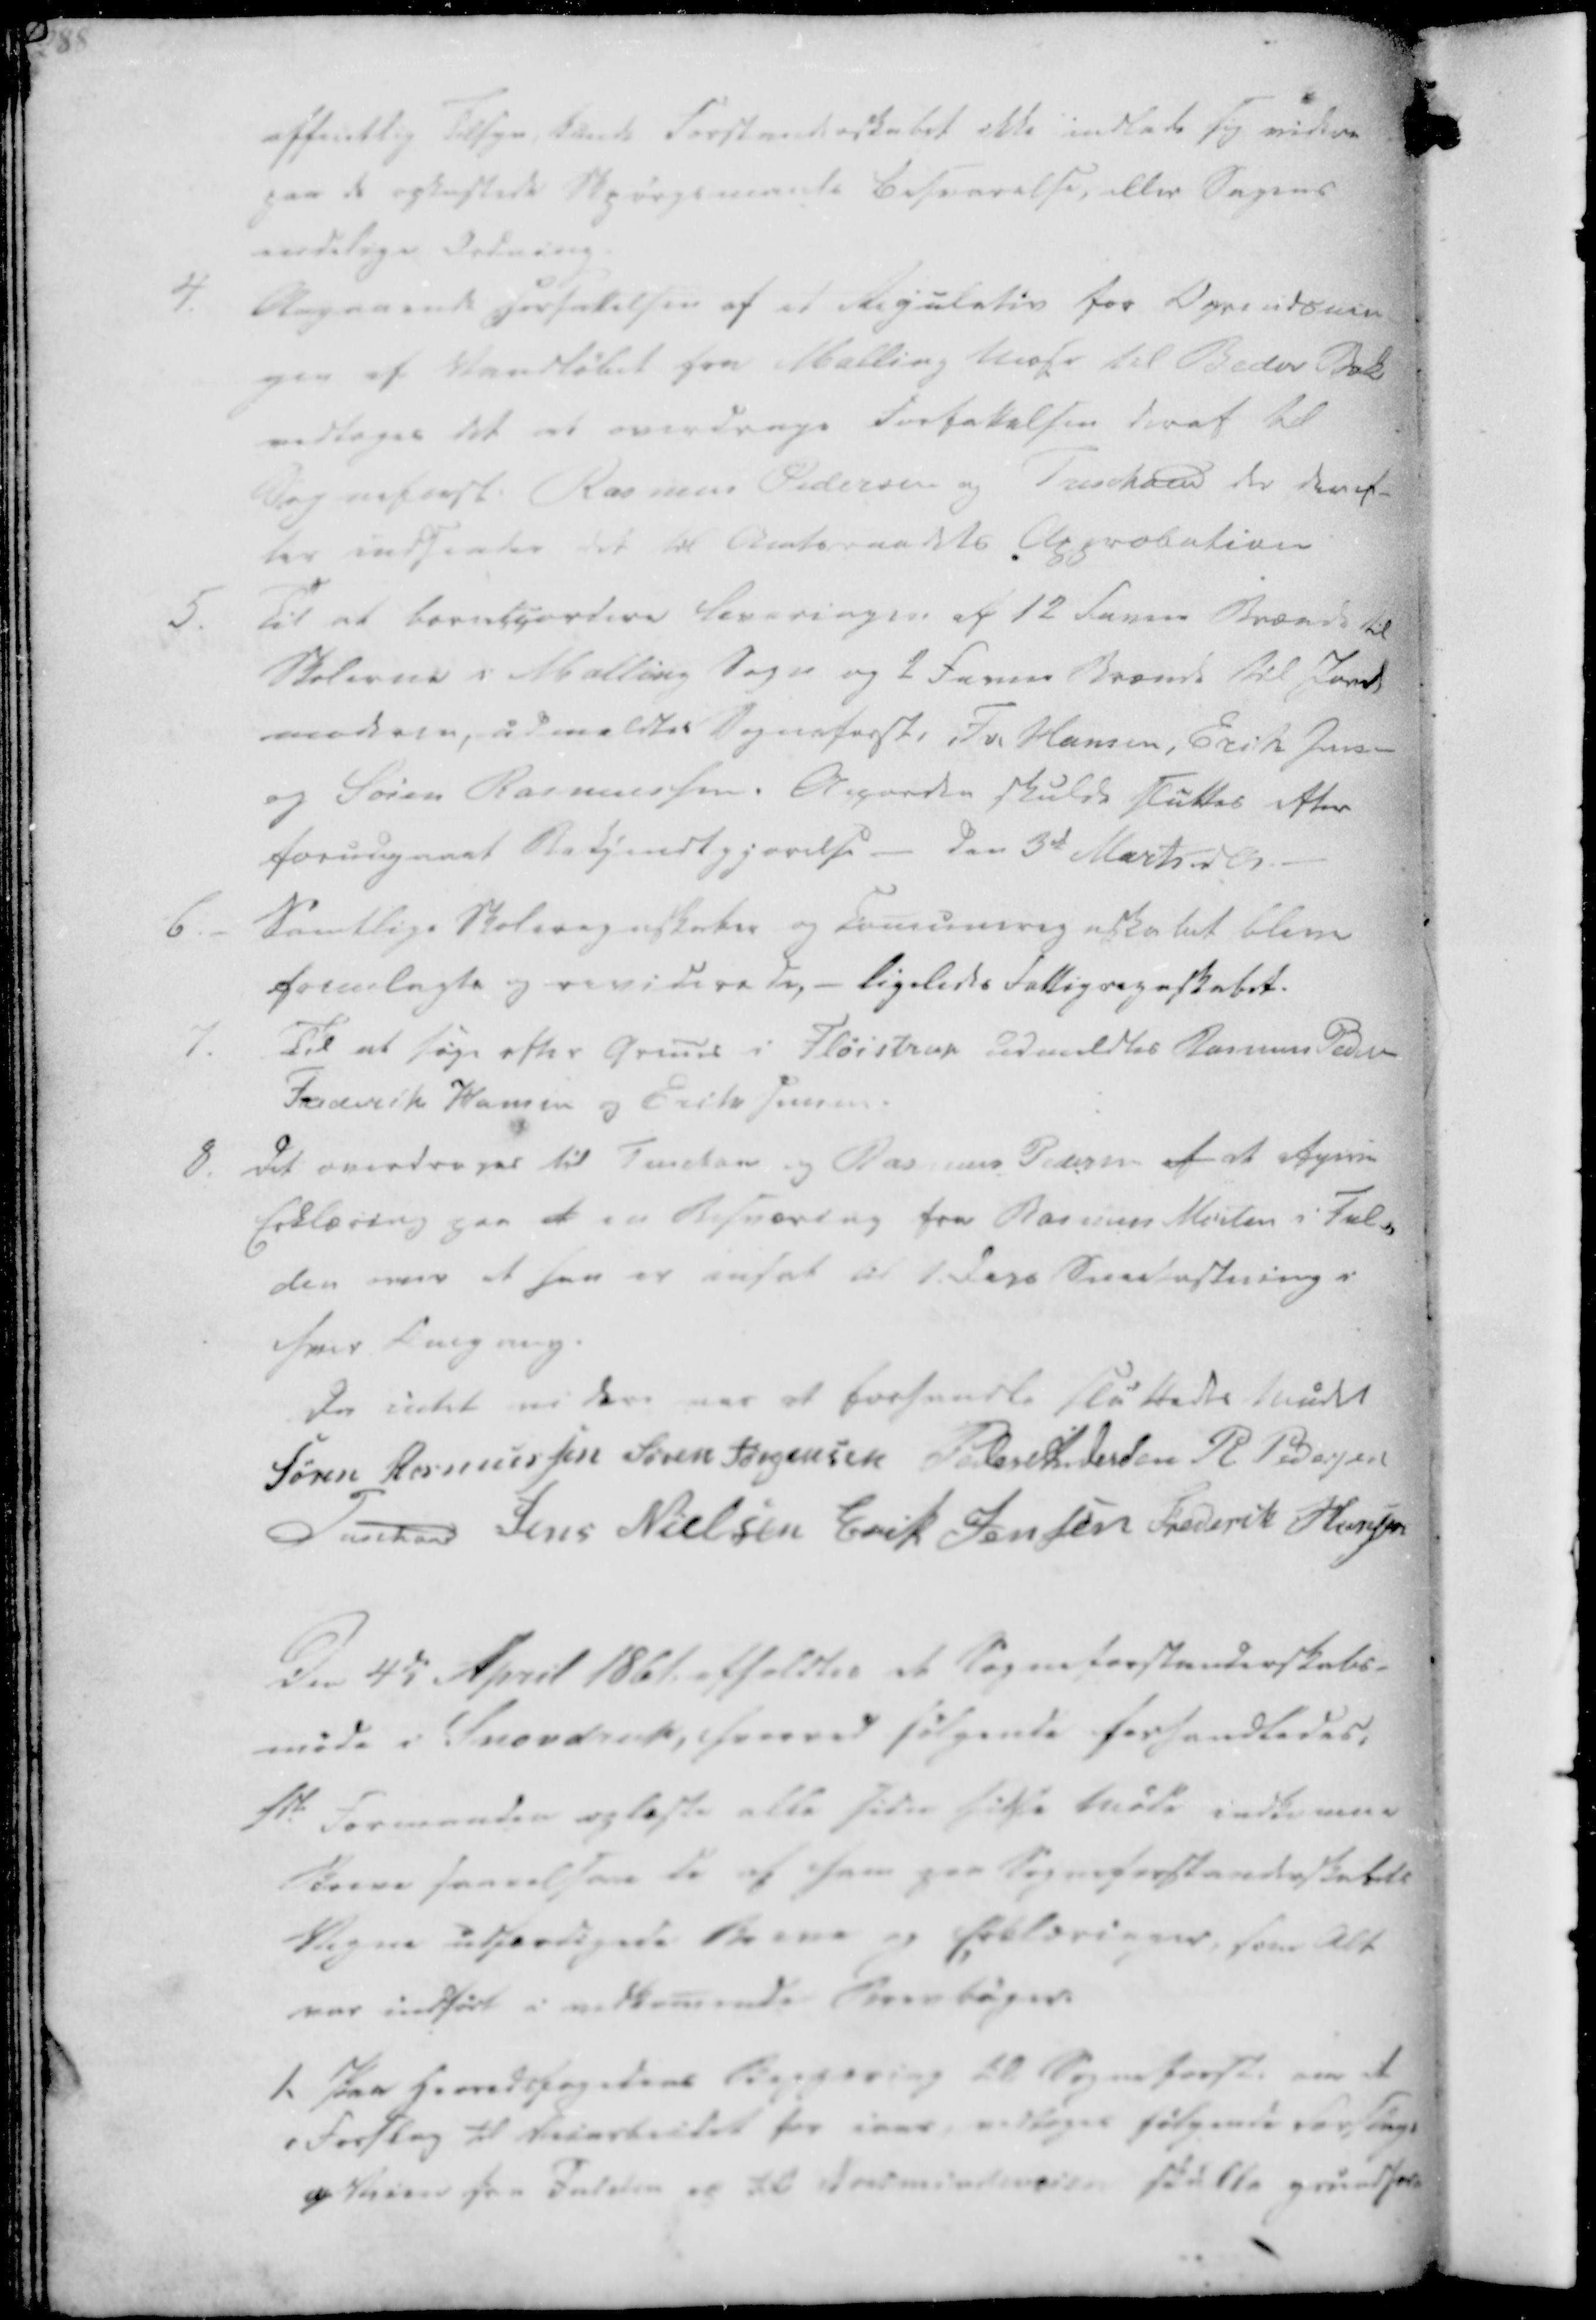
Transskription:
offentlig Tilsyn, kunde Forstanderskabet ikke indlade sig videre
paa de opkastede Spørgsmaals Besvarelse, eller Sagens
endelige Ordning.

4. Angaaende forfattelsen af et Regulativ for Oprendsnin
gen af Vandløbet fra Malling Mose til Beder Bæk
vedtoges det at overdrage Forfattelsen deraf til
Sogneforst. Rasmus Pedersen og Treschov der deref-
ter indsender det til Amtsraadets Approbation
5.
Til at boraccorddere Leveringen af 12 Favne Brænde til
Skolerne i Malling Sogn og 2 Favne Brænde til Jorde
moderen, udmeldtes Sogneforst. Fr. Hansen, Erik Jensen
og Søren Rasmussen. Accorden skulde sluttes efter
forudgaaet Bekjendtgjørelse - Den 3de Marts dA.

6
Samtlige Skoleregnskaber og Comuneregnskabet bleve
fremlagte og reviderede, - ligeledes Fattigregnskabet.
7. Til at søge efter Gruus i Fløistrup udmeldtes Rasmus Peder-
Frederik Hansen og Erik Jensen.
8. Det overdrages til Treschov og Rasmus Pedersen af at afgive
Erklæring paa et en Besværing fra Rasmus Morten i Ful-
den over at han er ansat til 1 Dags Sneekastning i
hvis Regning.

Da intet videre var at forhandle sluttedes Mødet
Søren Rasmussen
Søren Jørgensen
Peder Andersen
R. Pedersen
Treschov
Jens Nielsen
Erik Jensen
Frederik Hansen

Den 4de April 1861 afholdtes et Sogneforstanderskabs-
møde i Snovdrup, hvorved følgende forhandledes:

1ste Formanden oplæste alle siden sidste Møde indkomme
Breve saavelsom de af ham paa Sogneforstanderskabets
Vegne udfærdigede Breve og Erklæringer, som Alt
var indført i vedkomende Brevbøger.
1. Paa Herredsfogedens Begjæring til Sogneforst. om et
Forslag til Veiarbeidet for iaar, vedtoges følgende Forslag:
a/ Veien fra Fulden og til Norsmindeveien skulle grundfor-